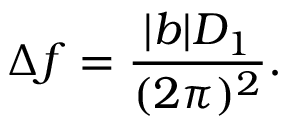
\Delta f = \frac { | b | D _ { 1 } } { ( 2 \pi ) ^ { 2 } } .